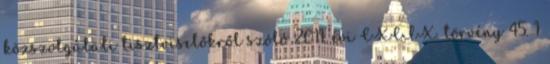
közszolgálati tisztviselőkről szóló 2011. évi CXCIX. törvény 45. 1